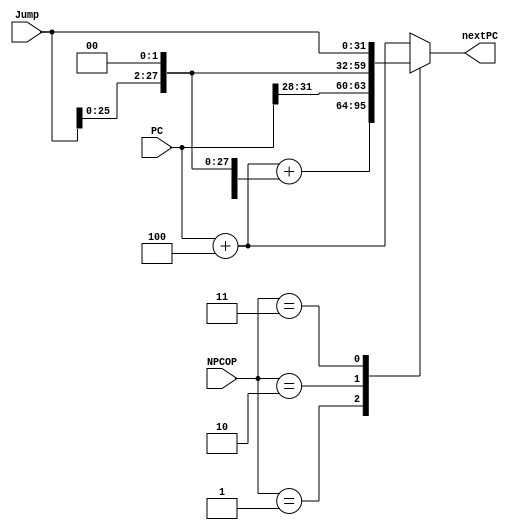
`timescale 1ns / 1ps

module NPC
	(
		input [31:0] PC,
		input [31:0] Jump,
		output reg [31:0] nextPC,
		input [3:0] NPCOP
	);
	
	parameter
	NORMAL = 0,
	BRANCH = 1,
	JIMM = 2,
	JREG = 3;
	
	always @(*) begin
		case(NPCOP)
			NORMAL: nextPC = PC + 4;
			BRANCH: nextPC = PC + 4 + {Jump[29:0], 2'd0};
			JIMM: nextPC = {PC[31:28], Jump[25:0], 2'd0};
			JREG: nextPC = Jump;
			default: nextPC = PC + 4;
		endcase
	end
	
endmodule